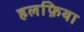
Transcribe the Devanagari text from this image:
हलफ़िया